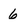
Character: 6